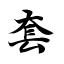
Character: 套